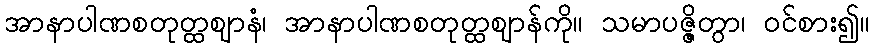
အာနာပါဏစတုတ္ထဈာနံ၊ အာနာပါဏစတုတ္ထဈာန်ကို။ သမာပဇ္ဇိတွာ၊ ဝင်စား၍။